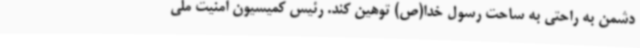
دشمن به راحتی به ساحت رسول خدا(ص) توهین کند. رئیس کمیسیون امنیت ملی